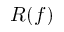
R ( f )